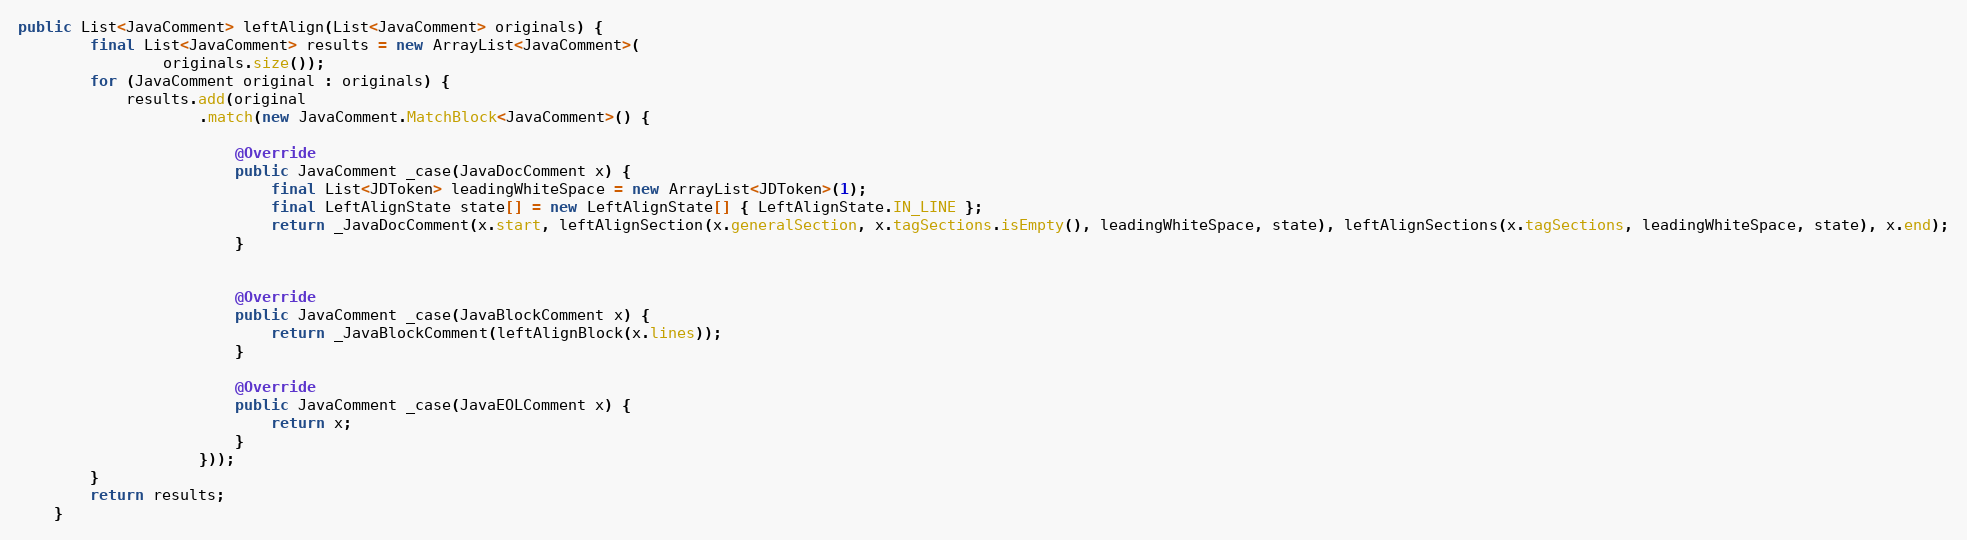
Language: Java
public List<JavaComment> leftAlign(List<JavaComment> originals) {
        final List<JavaComment> results = new ArrayList<JavaComment>(
                originals.size());
        for (JavaComment original : originals) {
            results.add(original
                    .match(new JavaComment.MatchBlock<JavaComment>() {

                        @Override
                        public JavaComment _case(JavaDocComment x) {
                            final List<JDToken> leadingWhiteSpace = new ArrayList<JDToken>(1);
                            final LeftAlignState state[] = new LeftAlignState[] { LeftAlignState.IN_LINE };
                            return _JavaDocComment(x.start, leftAlignSection(x.generalSection, x.tagSections.isEmpty(), leadingWhiteSpace, state), leftAlignSections(x.tagSections, leadingWhiteSpace, state), x.end);
                        }

                        @Override
                        public JavaComment _case(JavaBlockComment x) {
                            return _JavaBlockComment(leftAlignBlock(x.lines));
                        }

                        @Override
                        public JavaComment _case(JavaEOLComment x) {
                            return x;
                        }
                    }));
        }
        return results;
    }